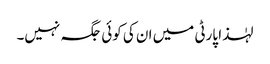
لہٰذا پارٹی میں ان کی کوئی جگہ نہیں۔